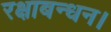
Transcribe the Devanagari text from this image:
रक्षाबन्धन।